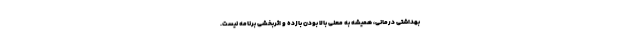
بهداشتی درمانی، همیشه به معنی بالا بودن بازده و اثربخشی برنامه نیست.